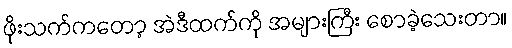
ဖိုးသက်ကတော့ အဲဒီထက်ကို အများကြီး စောခဲ့သေးတာ။